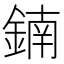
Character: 𨩇